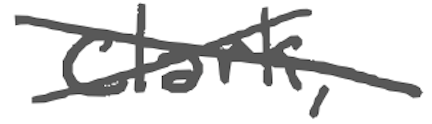
Text: Clark,
Cross-out: cross
Writing tool: digital_gray